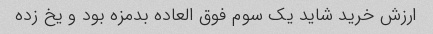
ارزش خرید شاید یک سوم فوق العاده بدمزه بود و یخ زده